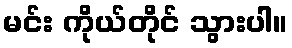
မင်း ကိုယ်တိုင် သွားပါ။